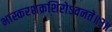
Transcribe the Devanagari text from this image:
भास्करशक्रशिरोऽवनते॥३॥